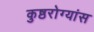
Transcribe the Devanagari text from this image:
कुष्ठरोग्यांस